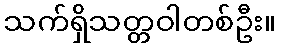
သက်ရှိသတ္တဝါတစ်ဦး။